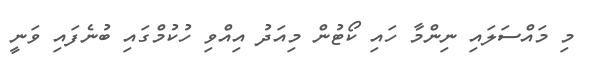
މި މައްސަލައި ނިންމާ ހައި ކޯޓުން މިއަދު އިއްވި ހުކުމްގައި ބުނެފައި ވަނީ